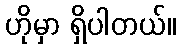
ဟိုမှာ ရှိပါတယ်။